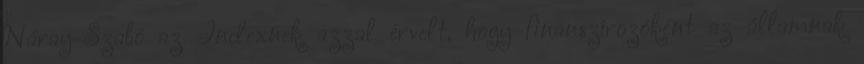
Náray-Szabó az Indexnek azzal érvelt, hogy finanszírozóként az államnak